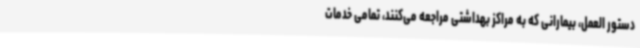
دستور العمل، بیمارانی که به مراکز بهداشتی مراجعه می‌کنند، تمامی خدمات